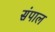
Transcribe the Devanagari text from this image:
संपाल